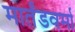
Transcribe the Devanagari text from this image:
मार्तंडवर्मा